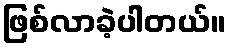
ဖြစ်လာခဲ့ပါတယ်။